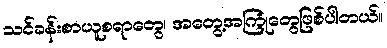
သင်ခန်းစာယူစရာတွေ၊ အတွေ့အကြုံတွေဖြစ်ပါတယ်။